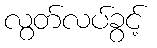
လွတ်လပ်ခွင့်